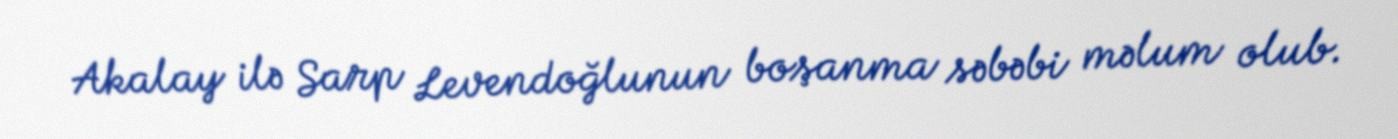
Akalay ilə Sarp Levendoğlunun boşanma səbəbi məlum olub.